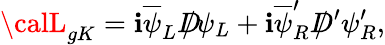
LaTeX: {\calL}_{gK}=\mathbf{i}\overline{{{{\psi}}}}_{L}D\! \! \! \! /\psi_{L}+\mathbf{i}\overline{{{{\psi}}}}_{R}^{\prime}D\! \! \! \! /\, ^{\prime}\psi_{R}^{\prime},